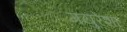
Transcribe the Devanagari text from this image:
मयुरेशा